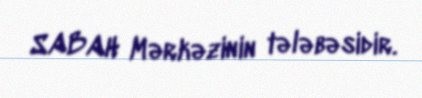
SABAH Mərkəzinin tələbəsidir.